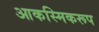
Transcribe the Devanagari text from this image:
आकस्मिकरूप